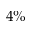
4 \%